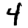
Digit: 4